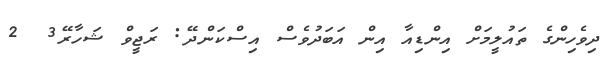
ދިވެހިންގެ ތައުލީމަށް އިންޑިއާ އިން އަބަދުވެސް އިސްކަންދޭ: ރަޖީވް ޝަހާރޭ3  2